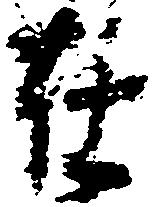
在